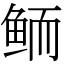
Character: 鲕